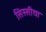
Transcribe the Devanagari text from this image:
सिस्सीया